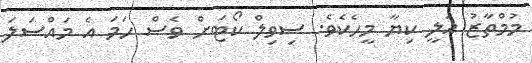
މުމްތާޒު އަލީ ކިޔާ މީހެކެވެ. ސިވިލް ކޯޓަށް ވެސް ހަމަ އެ މައްސަލަ